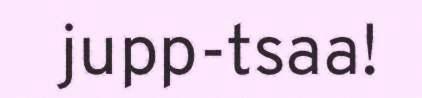
jupp-tsaa!